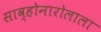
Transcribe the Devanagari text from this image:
साव्होनारोलाला